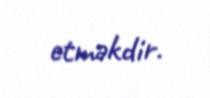
etməkdir.